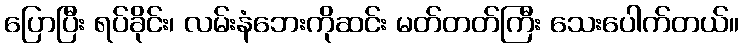
ပြောပြီး ရပ်ခိုင်း၊ လမ်းနံဘေးကိုဆင်း မတ်တတ်ကြီး သေးပေါက်တယ်။